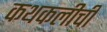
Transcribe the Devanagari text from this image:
कथकलीची